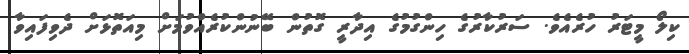
ކިލޯ މީޓަރު ހުރެއެވެ. ސަރުކާރުގެ ހިންގުމުގެ އިދާރީ ގޮތުން ބޭނުންކުރެއްވުމަށް މިއަތޮޅަށް ދެވިފައިވާ